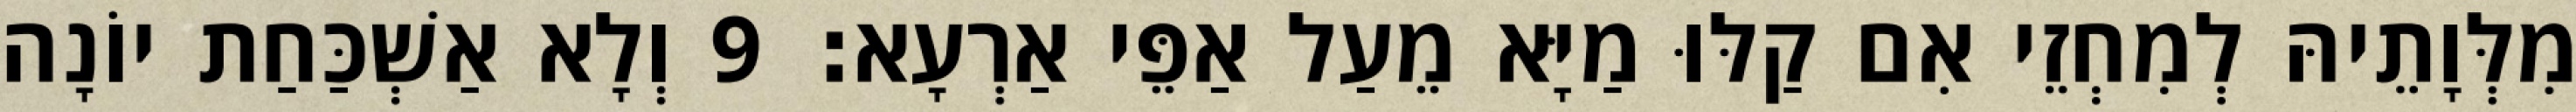
מִלְּוָתֵיהּ לְמִחְזֵי אִם קַלּוּ מַיָּא מֵעַל אַפֵּי אַרְעָא׃ 9 וְלָא אַשְׁכַּחַת יוֹנָה